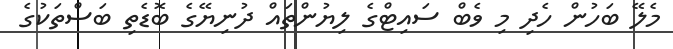
މެލޭ ބަހުން ހެދި މި ވެބް ސައިޓްގެ ލިޔުންތައް ދުނިޔޭގެ ބޮޑެތި ބަސްތަކުގެ